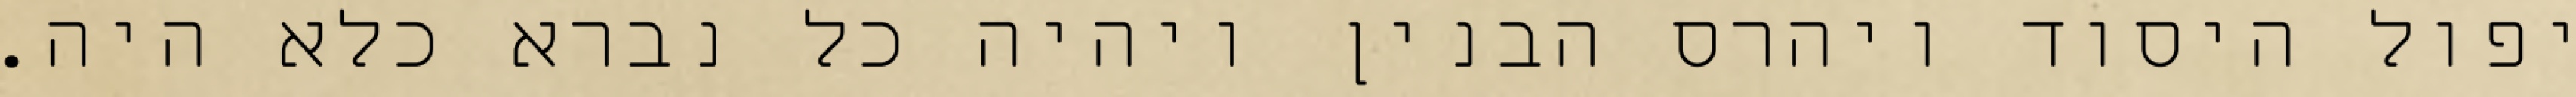
יפול היסוד ויהרס הבנין ויהיה כל נברא כלא היה.